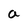
Character: a